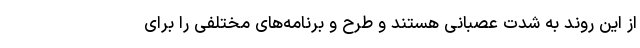
از این روند به شدت عصبانی هستند و طرح و برنامه‌های مختلفی را برای